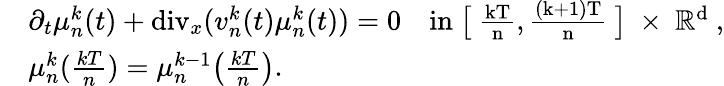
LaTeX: \begin{array}{rl}&{\partial_{t}\mu_{n}^{k}(t)+\textnormal{div}_{x}(v_{n}^{k}(t)\mu_{n}^{k}(t))=0\quad\mathrm{in~\big[~\frac{kT}{n},\frac{(k+1)T}{n}~\big]~\times~\mathbb{R}^d~},}\\ &{\mu_{n}^{k}(\frac{kT}{n})=\mu_{n}^{k-1}\big(\frac{kT}{n}\big).}\end{array}